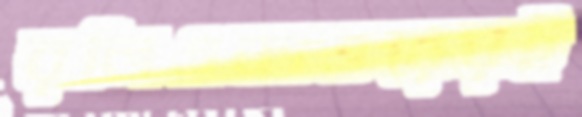
রলিএকাত্তরেরই